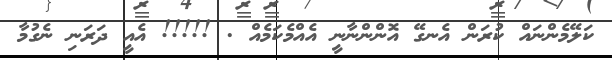
ކަލޭމެންނައް ކުރަން އެނގޭ އޮންންނާނީ އެއްމެކަމެއް . !!!!! އެއީ ދަރަނި ނެގުމާ